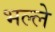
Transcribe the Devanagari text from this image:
भल्ले